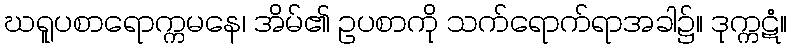
ဃရူပစာရောက္ကမနေ၊ အိမ်၏ ဥပစာကို သက်ရောက်ရာအခါ၌။ ဒုက္ကဋံ။